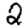
Digit: 2